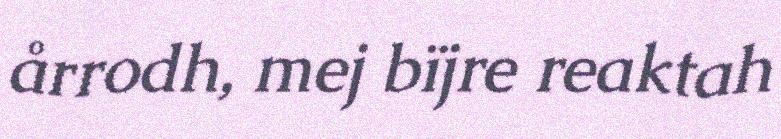
årrodh, mej bïjre reaktah